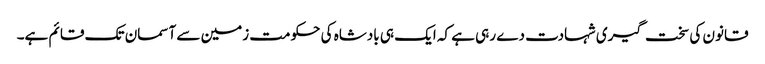
قانون کی سخت گیری شہادت دے رہی ہے کہ ایک ہی بادشاہ کی حکومت زمین سے آسمان تک قائم ہے۔